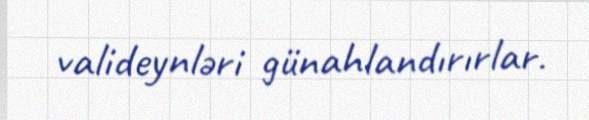
valideynləri günahlandırırlar.